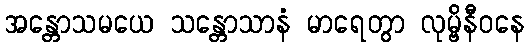
အန္တောသမယေ သန္တောသာနံ မာရေတွာ လုမ္ဗိနီဝနေ